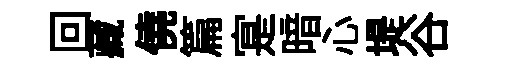
回藏僥篇寔暗心堤谷